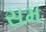
સમ